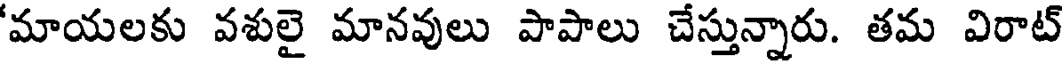
'మాయలకు వశులై మానవులు పాపాలు చేస్తున్నారు. తమ విరాట్